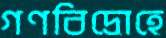
গণবিদ্রোহে